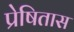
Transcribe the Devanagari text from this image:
प्रेषितास